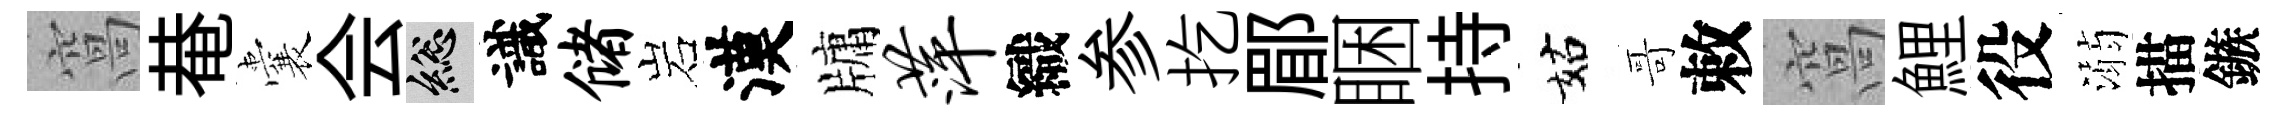
窩𤲅囊会總識储岩漢牗萍織参扢郿睏持姑哥敕窩鯉役溺描鏃